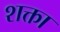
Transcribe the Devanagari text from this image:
शक्ता